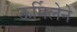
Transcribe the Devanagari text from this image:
ऊर्मिलेने